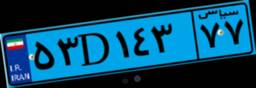
۵۳D۱۴۳۷۷